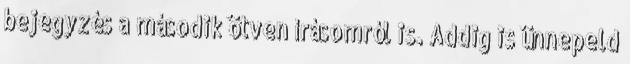
bejegyzés a második ötven írásomról is. Addig is ünnepeld